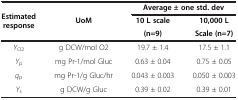
<table><thead><tr><td rowspan="2"><b>Estimated response</b></td><td rowspan="2"><b>UoM</b></td><td colspan="2"><b>Average ± one std. dev</b></td></tr><tr><td><b>10 L scale</b></td><td><b>10,000 L</b></td></tr><tr><td><b> </b></td><td><b> </b></td><td><b>(n=9)</b></td><td><b>Scale (n=7)</b></td></tr></thead><tbody><tr><td><i>Y</i><sub>O2</sub></td><td>g DCW/mol O2</td><td>19.7 ± 1.4</td><td>17.5 ± 1.1</td></tr><tr><td><i>Y</i><sub>p</sub></td><td>mg Pr-1/mol Gluc</td><td>0.63 ± 0.04</td><td>0.75 ± 0.05</td></tr><tr><td><i>q</i><sub>p</sub></td><td>mg Pr-1/g Gluc/hr</td><td>0.043 ± 0.003</td><td>0.050 ± 0.003</td></tr><tr><td><i>Y</i><sub>s</sub></td><td>g DCW/g Gluc</td><td>0.39 ± 0.02</td><td>0.39 ± 0.01</td></tr></tbody></table>